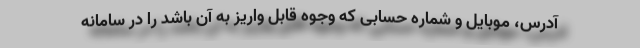
آدرس، موبایل و شماره حسابی که وجوه قابل واریز به آن باشد را در سامانه